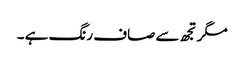
مگرتجھ سے صاف رنگ ہے ۔